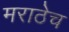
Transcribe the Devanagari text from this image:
मराठेच